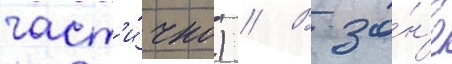
част'и́чно) // В зо́н'е